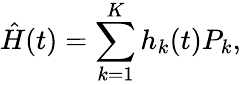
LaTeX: \hat{H}(t)=\sum_{k=1}^{K}h_{k}(t)P_{k},